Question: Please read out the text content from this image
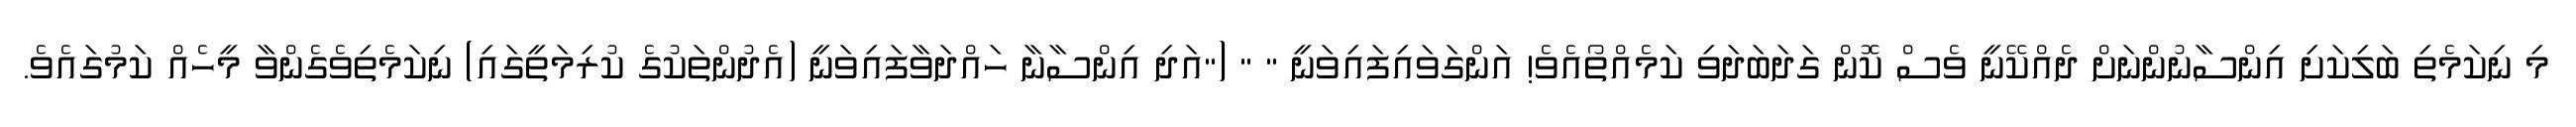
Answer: މި ނިކަމެތި ބަލިކަށި އިންސާނުންނަށް ދެއްކޭނީ ވެސް ކޮން ގަދަބަދަވި ކަމެއްތޯއެވެ! އަންގަވައިފައިވަނީ " " ("އަދި އިންސާނާ ހައްދަވާފައިވަނީ (އެދުންތަކުގެ ކުރިމަތީގައި) ނިކަމެތިވެގެންވާ މީހެއް ކަމުގައެވެ.